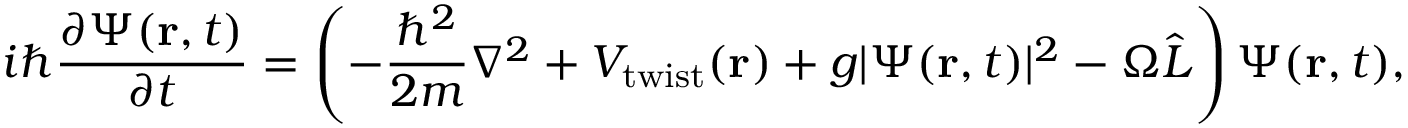
i \hbar { \frac { \partial \Psi ( \mathbf { r } , t ) } { \partial t } } = \left( - { \frac { \hbar ^ { 2 } } { 2 m } } \nabla ^ { 2 } + V _ { \mathrm { { t w i s t } } } ( \mathbf { r } ) + g \vert \Psi ( \mathbf { r } , t ) \vert ^ { 2 } - \Omega { \hat { L } } \right) \Psi ( \mathbf { r } , t ) ,